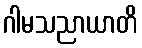
ဂါမသညာယာတိ